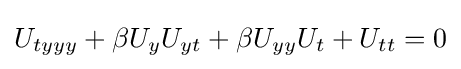
U_{tyyy}+\beta U_{y}U_{yt}+\beta U_{yy}U_{t}+U_{tt}=0